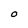
Character: O